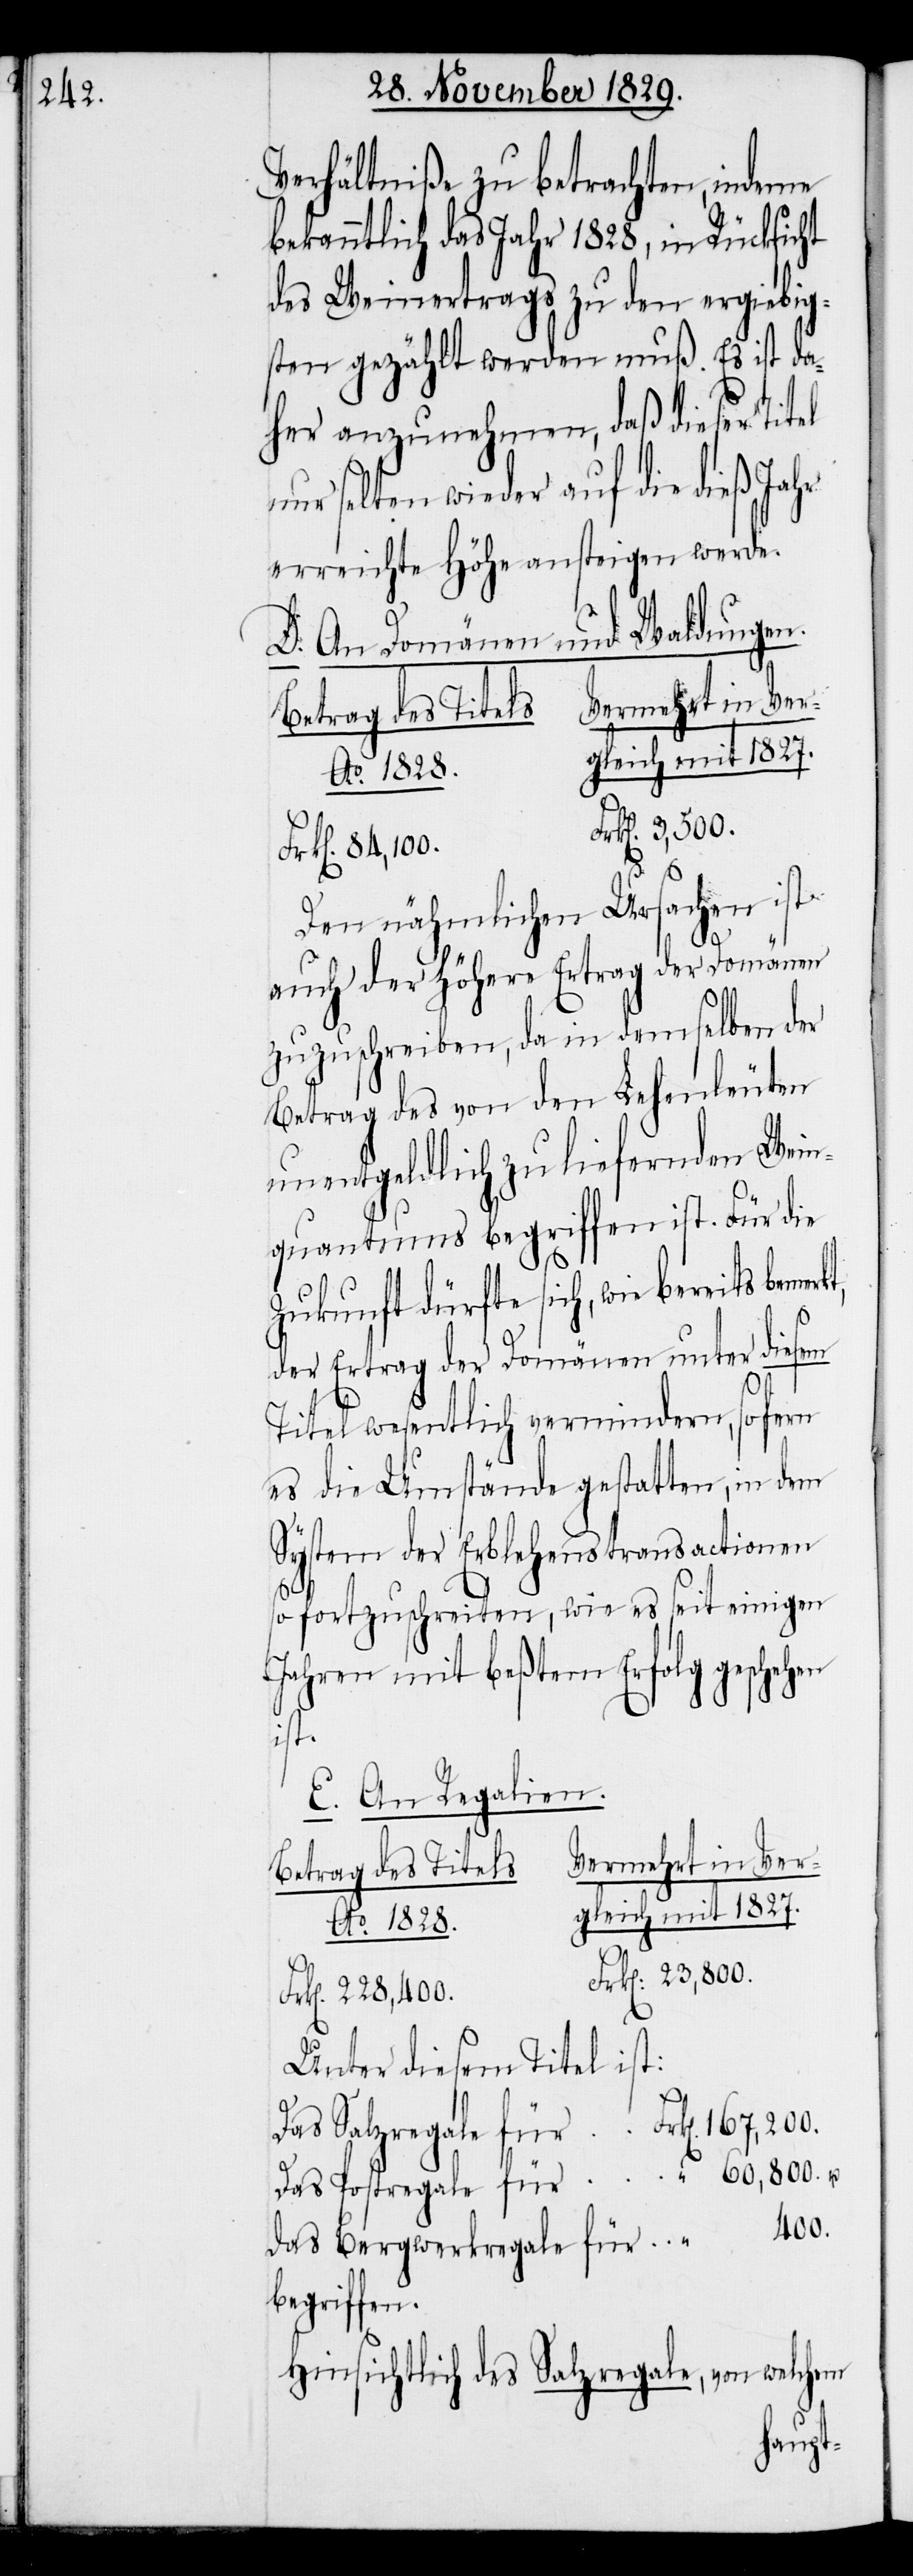
Verhältniße zu betrachten, indeme
bekanntlich das Jahr 1828, in Rücksicht
des Weinertrags zu den ergiebig¬
sten gezählt werden muß. Es ist da¬
her anzunehmen, daß dieser Titel
nur selten wieder auf dieß Jahr
erreichte Höhe ansteigen werde.
D. An Domänen und Waldungen.
Betrag des Titels.
Ao. 1828.
Den nähmlichen Ursachen ist
auch der höhere Ertrag der Domänen
zuzuschreiben, da in demselben der
Betrag des von den Lehenleuten
unentgeldlich zu liefernden Wein¬
quantums begriffen ist. Für die
Zukunft dürfte sich, wie bereits beme¬
der Ertrag der Domänen unter diesem
Titel wesentlich vermindern, so fern
es die Umstände gestatten, in dem
System der Erblehenstransactionen
so fortzuschreiten, wie es seit einigen
Jahren mit beßtem Erfolg geschehen
ist.
E. An Regalien.
Vermehrt in Ver¬
Frk[en]. 23,800.
Unter diesem Titel ist:
Das Salzregale für				Frk[en]. 167,200.
das Bergwerksregale für 	Frk[en]. 400.
begriffen.
Hinsichtlich des Salzregale, von welchem
gleich